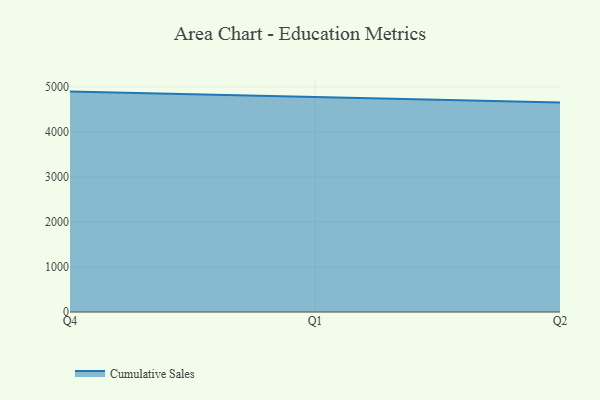
{"axis": {"x": "Quarter", "y": "Temperature (°C)"}, "legend": ["Cumulative Sales"], "data": [{"x": "Q4", "y": 4895.0, "type": "Cumulative Sales"}, {"x": "Q1", "y": 4773.7, "type": "Cumulative Sales"}, {"x": "Q2", "y": 4651.6, "type": "Cumulative Sales"}]}